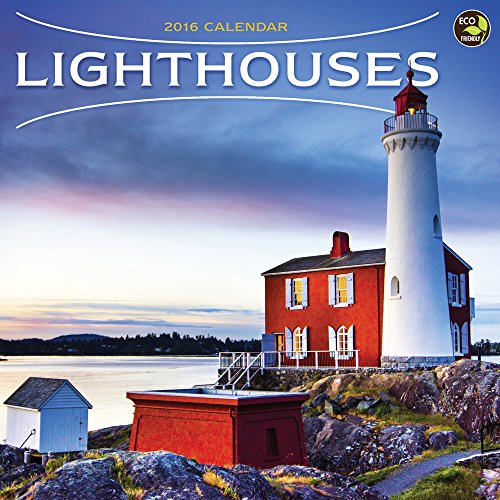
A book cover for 2016 Lighthouses Wall Calendar; TF Publishing; Calendars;